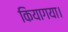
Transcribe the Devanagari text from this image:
कियागया।